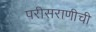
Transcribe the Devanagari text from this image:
परीसराणीची